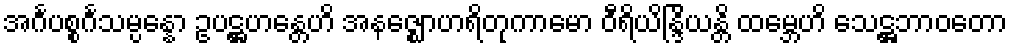
အင်္ဂပစ္စင်္ဂသမ္ပန္နော ဥပဋ္ဌဟန္တေဟိ အနဇ္ဈောဟရိတုကာမော ဝီရိယိန္ဒြိယန္တိ ထမ္ဘေဟိ သေဋ္ဌဘာဝတော